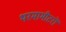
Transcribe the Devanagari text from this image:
थरमामीटरों